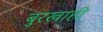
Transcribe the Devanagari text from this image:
बुरखाही